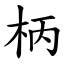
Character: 柄